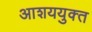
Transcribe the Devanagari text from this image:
आशययुक्‍त